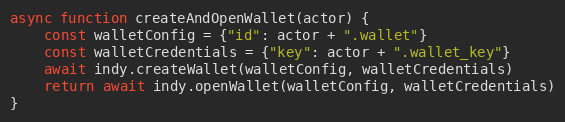
Language: JavaScript
async function createAndOpenWallet(actor) {
    const walletConfig = {"id": actor + ".wallet"}
    const walletCredentials = {"key": actor + ".wallet_key"}
    await indy.createWallet(walletConfig, walletCredentials)
    return await indy.openWallet(walletConfig, walletCredentials)
}